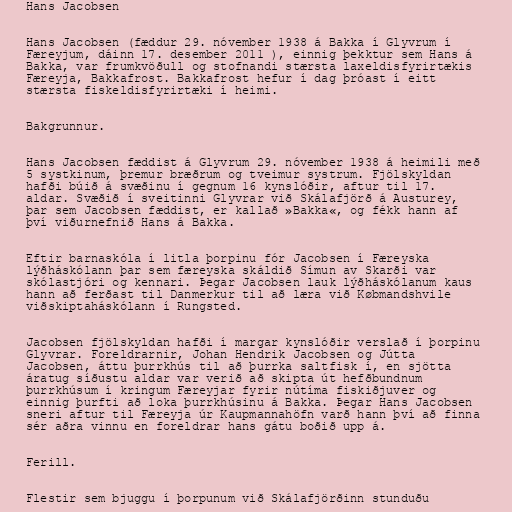
Hans Jacobsen

Hans Jacobsen (fæddur 29. nóvember 1938 á Bakka í Glyvrum í
Færeyjum, dáinn 17. desember 2011 ), einnig þekktur sem Hans á
Bakka, var frumkvöðull og stofnandi stærsta laxeldisfyrirtækis
Færeyja, Bakkafrost. Bakkafrost hefur í dag þróast í eitt
stærsta fiskeldisfyrirtæki í heimi.

Bakgrunnur.

Hans Jacobsen fæddist á Glyvrum 29. nóvember 1938 á heimili með
5 systkinum, þremur bræðrum og tveimur systrum. Fjölskyldan
hafði búið á svæðinu í gegnum 16 kynslóðir, aftur til 17.
aldar. Svæðið í sveitinni Glyvrar við Skálafjörð á Austurey,
þar sem Jacobsen fæddist, er kallað »Bakka«, og fékk hann af
því viðurnefnið Hans á Bakka.

Eftir barnaskóla í litla þorpinu fór Jacobsen í Færeyska
lýðháskólann þar sem færeyska skáldið Símun av Skarði var
skólastjóri og kennari. Þegar Jacobsen lauk lýðháskólanum kaus
hann að ferðast til Danmerkur til að læra við Købmandshvile
viðskiptaháskólann í Rungsted.

Jacobsen fjölskyldan hafði í margar kynslóðir verslað í þorpinu
Glyvrar. Foreldrarnir, Johan Hendrik Jacobsen og Jútta
Jacobsen, áttu þurrkhús til að þurrka saltfisk í, en sjötta
áratug síðustu aldar var verið að skipta út hefðbundnum
þurrkhúsum í kringum Færeyjar fyrir nútíma fiskiðjuver og
einnig þurfti að loka þurrkhúsinu á Bakka. Þegar Hans Jacobsen
sneri aftur til Færeyja úr Kaupmannahöfn varð hann því að finna
sér aðra vinnu en foreldrar hans gátu boðið upp á.

Ferill.

Flestir sem bjuggu í þorpunum við Skálafjörðinn stunduðu